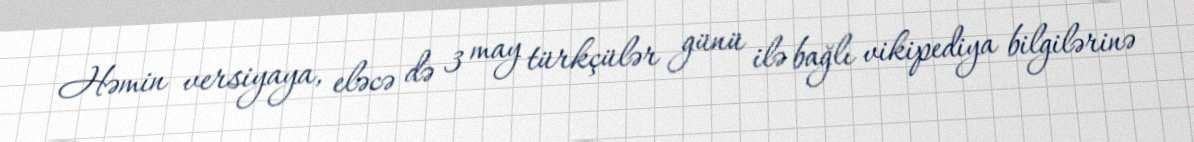
Həmin versiyaya, eləcə də 3 may türkçülər günü ilə bağlı vikipediya bilgilərinə